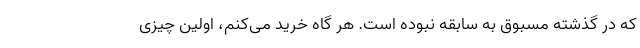
که در گذشته مسبوق به سابقه نبوده است. هر گاه خرید می‌کنم، اولین چیزی